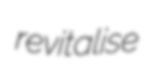
revitalise